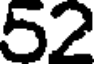
52